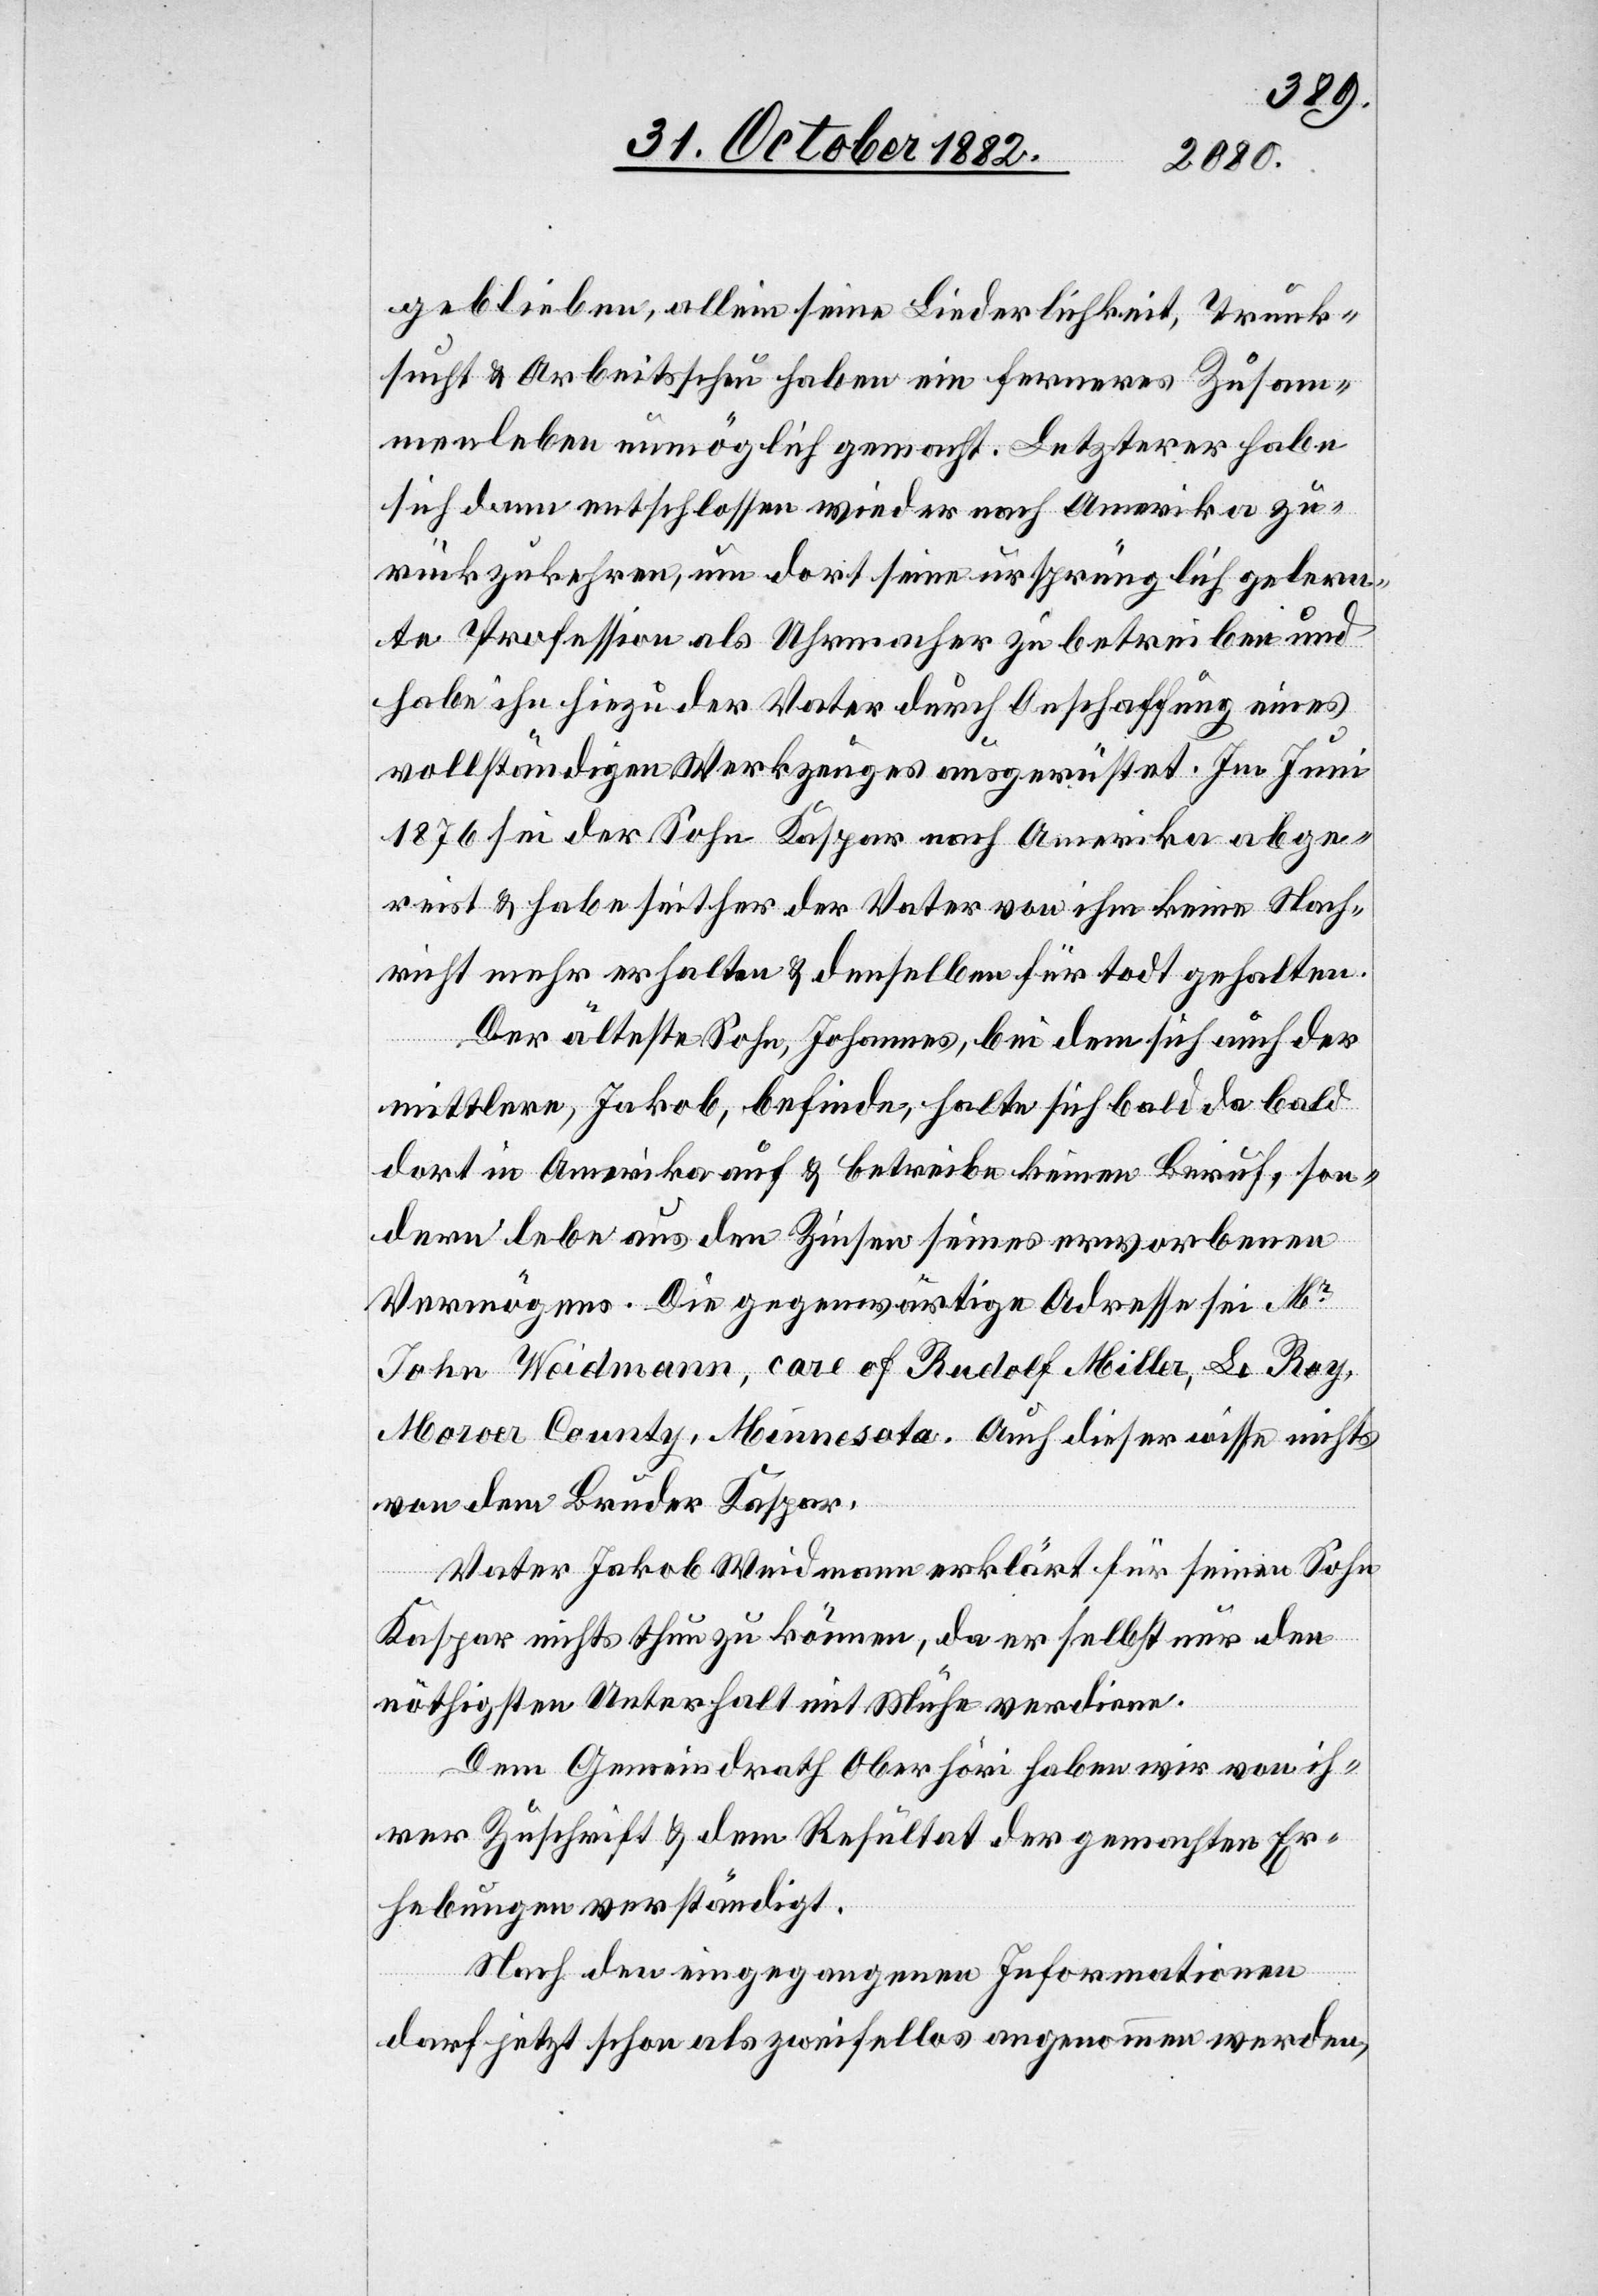
geblieben, allein seine Liederlichkeit, Trunk¬
sucht & Arbeitsscheu haben ein ferneres Zusam¬
menleben unmöglich gemacht. Letzterer habe
sich dann entschlossen wieder nach Amerika zu¬
rückzukehren, um dort seine ursprünglich gelern¬
te Profession als Uhrmacher zu betreiben und
habe ihn hiezu der Vater durch Anschaffung eines
vollständigen Werkzeuges ausgerüstet. Im Juni
1876 sei der Sohn Kaspar nach Amerika abge¬
reist & habe seither der Vater von ihm keine Nach¬
richt mehr erhalten & denselben für todt gehalten.
Der älteste Sohn, Johannes, bei dem sich auch der
mittlere, Jakob, befinde, halte sich bald da bald
dort in Amerika auf & betreibe keinen Beruf, son¬
dern lebe aus den Zinsen seines erworbenen
Vermögens. Die gegenwärtige Adresse sei Mr
John Weidmann, case of Rudolf Miller, Le Roy,
Moroer County, Minnesota. Auch dieser wisse nichts
von dem Bruder Kaspar.
Vater Jakob Weidmann erklärt für seinen Sohn
Kaspar nichts thun zu können, da er selbst nur den
nöthigsten Unterhalt mit Mühe verdiene.
Gemeindrath Oberhöri haben wir von ih¬
rer Zuschrift & dem Resultat der gemachten Er¬
hebungen verständigt.
Nach den eingegangenen Informationen
darf jetzt schon als zweifellos angenommen werden,